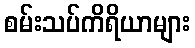
စမ်းသပ်ကိရိယာများ